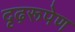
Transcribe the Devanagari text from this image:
दृढ़रूपेण